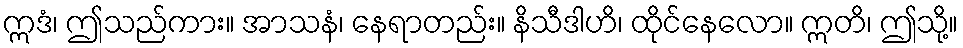
ဣဒံ၊ ဤသည်ကား။ အာသနံ၊ နေရာတည်း။ နိသီဒါဟိ၊ ထိုင်နေလော။ ဣတိ၊ ဤသို့။